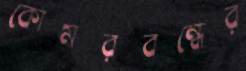
কোমরবন্ধের